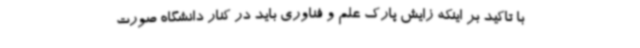
با تاکید بر اینکه زایش پارک علم و فناوری باید در کنار دانشگاه صورت